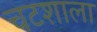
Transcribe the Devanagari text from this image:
चटशाला